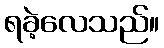
ရခဲ့လေသည်။